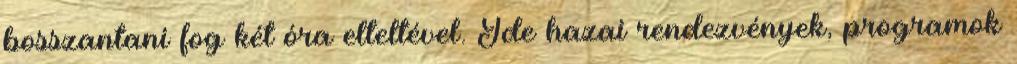
bosszantani fog két óra elteltével. Ide hazai rendezvények, programok